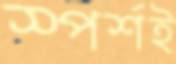
স্পর্শই